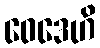
ဝေဒေဟိ